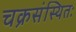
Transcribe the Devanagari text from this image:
चक्रसंस्थितः